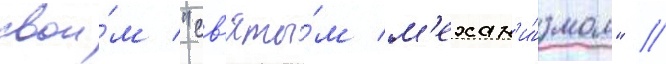
свои́м "св'яты́м м'ехан'и́змом" //